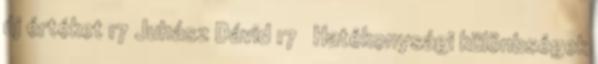
új értéket 17 Juhász Dávid 17 Hatékonysági különbségek